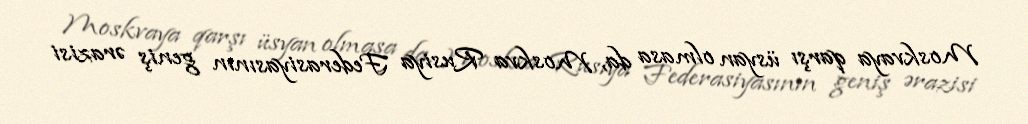
Moskvaya qarşı üsyan olmasa da, Moskva Rusiya Federasiyasının geniş ərazisi